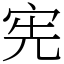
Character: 宪